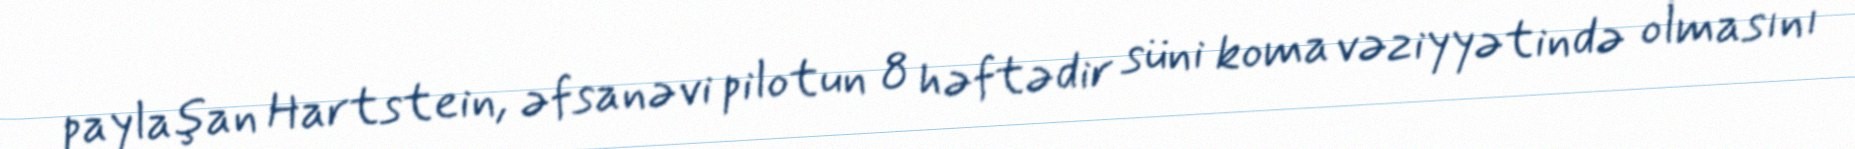
paylaşan Hartstein, əfsanəvi pilotun 8 həftədir süni koma vəziyyətində olmasını